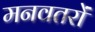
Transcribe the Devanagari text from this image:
मनवतरों